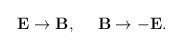
LaTeX: \begin{align*}\mathbf{E}\rightarrow\mathbf{B},~~~~\mathbf{B}\rightarrow -\mathbf{E}.\end{align*}